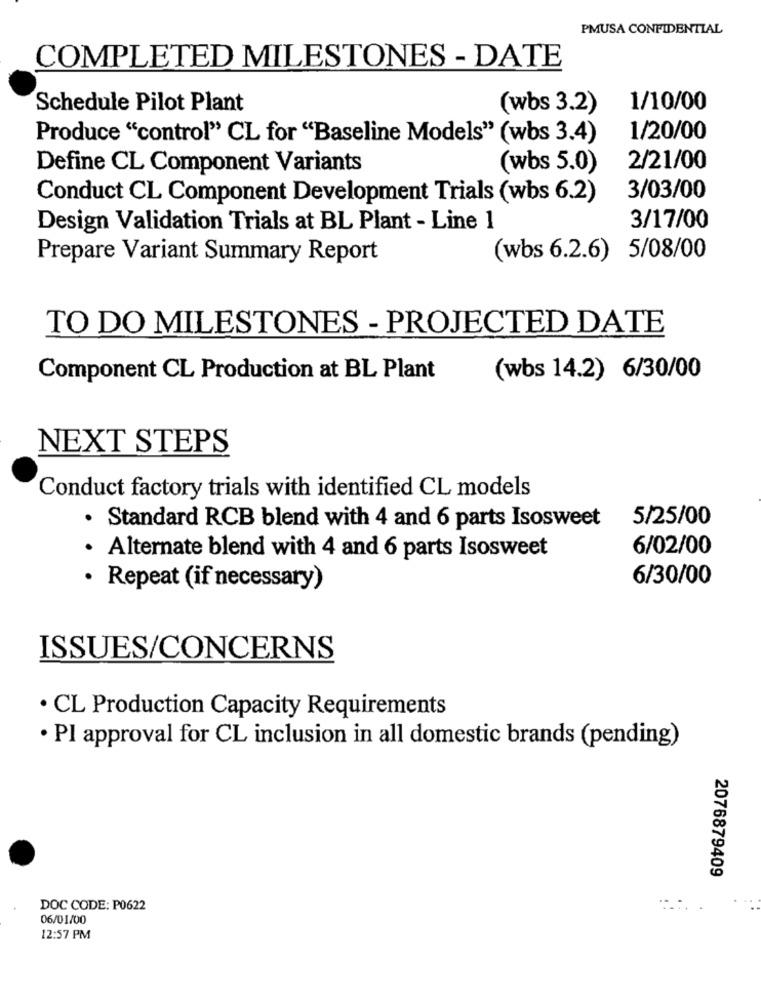
PMUSA CONFIDENTIAL
COMPLETED MILESTONES - DATE
Schedule Pilot Plant
(wbs 3.2)
1/10/00
Produce "control" CL for "Baseline Models" (wbs 3.4)
1/20/00
Define CL Component Variants
(wbs 5.0)
2/21/00
Conduct CL Component Development Trials (wbs 6.2)
3/03/00
Design Validation Trials at BL Plant - Line 1
3/17/00
Prepare Variant Summary Report
(wbs 6.2.6)
5/08/00
TO DO MILESTONES - PROJECTED DATE
Component CL Production at BL Plant
(wbs 14.2) 6/30/00
NEXT STEPS
Conduct factory trials with identified CL models
5/25/00
· Standard RCB blend with 4 and 6 parts Isosweet
6/02/00
· Alternate blend with 4 and 6 parts Isosweet
6/30/00
· Repeat (if necessary)
ISSUES/CONCERNS
· CL Production Capacity Requirements
· Pl approval for CL inclusion in all domestic brands (pending)
2076879409
DOC CODE: P0622
06/01/00
12:57 PM